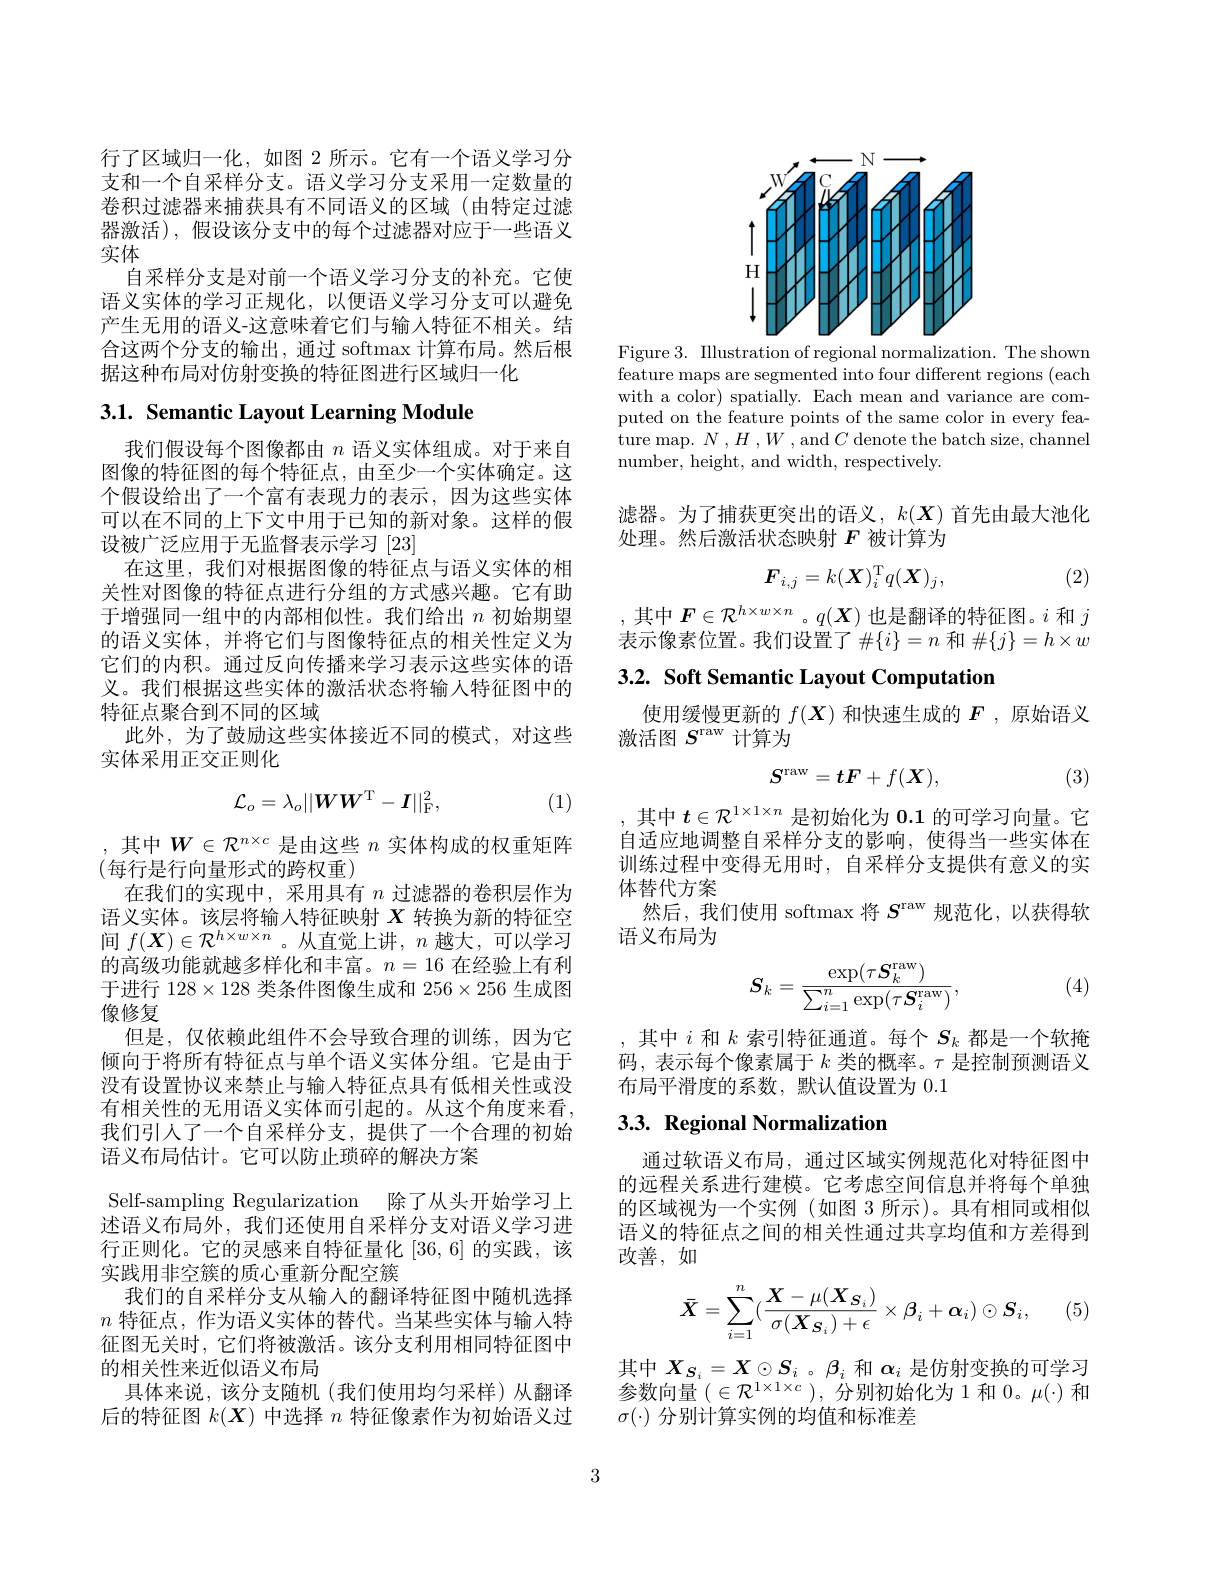
行了区域归一化，如图 2 所示。它有一个语义学习分支和一个自采样分支。语义学习分支采用一定数量的卷积过滤器来捕获具有不同语义的区域 (由特定过滤器激活),假设该分支中的每个过滤器对应于一些语义实体
自采样分支是对前一个语义学习分支的补充。它使语义实体的学习正规化，以便语义学习分支可以避免产生无用的语义-这意味着它们与输入特征不相关。结合这两个分支的输出，通过 softmax 计算布局。然后根据这种布局对仿射变换的特征图进行区域归一化

3.1. Semantic Layout Learning Module

我们假设每个图像都由$n$语义实体组成。对于来自图像的特征图的每个特征点，由至少一个实体确定。这个假设给出了一个富有表现力的表示，因为这些实体可以在不同的上下文中用于已知的新对象。这样的假设被广泛应用于无监督表示学习[23]
在这里，我们对根据图像的特征点与语义实体的相关性对图像的特征点进行分组的方式感兴趣。它有助于增强同一组中的内部相似性。我们给出$n$初始期望的语义实体，并将它们与图像特征点的相关性定义为它们的内积。通过反向传播来学习表示这些实体的语义。我们根据这些实体的激活状态将输入特征图中的特征点聚合到不同的区域
此外，为了鼓励这些实体接近不同的模式，对这些
实体采用正交正则化
$$\mathcal{L}_o=\lambda_o||\boldsymbol{W}\boldsymbol{W}^\mathrm{T}-\boldsymbol{I}||_\mathrm{F}^2,$$
(1)

,其中$W\in\mathcal{R}^n\times c$是由这些$n$实体构成的权重矩阵
(每行是行向量形式的跨权重)
在我们的实现中，采用具有$n$过滤器的卷积层作为语义实体。该层将输人特征映射$X$转换为新的特征空间$f(\boldsymbol{X})\in\mathcal{R}^{h\times w\times n}$。从直觉上讲，$n$越大，可以学习的高级功能就越多样化和丰富。$n=16$在经验上有利于进行$128\times128$类条件图像生成和 256$\times256$生成图像修复
但是，仅依赖此组件不会导致合理的训练，因为它倾向于将所有特征点与单个语义实体分组。它是由于没有设置协议来禁止与输入特征点具有低相关性或没有相关性的无用语义实体而引起的。从这个角度来看， 我们引人了一个自采样分支，提供了一个合理的初始语义布局估计。它可以防止琐碎的解决方案
Self-sampling Regularization 除了从头开始学习上述语义布局外，我们还使用自采样分支对语义学习进行正则化。它的灵感来自特征量化[36,6]的实践，该实践用非空簇的质心重新分配空簇
我们的自采样分支从输入的翻译特征图中随机选择$n$特征点，作为语义实体的替代。当某些实体与输入特征图无关时，它们将被激活。该分支利用相同特征图中的相关性来近似语义布局
具体来说，该分支随机(我们使用均匀采样)从翻译后的特征图$k(\boldsymbol{X})$中选择$n$特征像素作为初始语义过

<FigureHere>

Figure 3. Illustration of regional normalization. The shown feature maps are segmented into four different regions (each with a color) spatially. Each mean and variance are computed on the feature points of the same color in every feature map. $N$ $, H$ $, W$ , and $C$ denote the batch size, channel ${\mathrm{number,~height,~and~width,~respectively.}}$

滤器。为了捕获更突出的语义，$k(\boldsymbol{X})$首先由最大池化
处理。然后激活状态映射$F$被计算为
$$\boldsymbol{F}_{i,j}=k(\boldsymbol{X})_i^\mathrm{T}q(\boldsymbol{X})_j,$$
(2)

,其中$F\in\mathcal{R}^h\times w\times n$ 。$q(\boldsymbol{X})$也是翻译的特征图。$i$和$j$ 表示像素位置。我们设置了$\#\{i\}=n$ 和 $\#\{j\}=h\times w$

3.2. Soft Semantic Layout Computation

使用缓慢更新的$f(\boldsymbol{X})$和快速生成的$F$ ,原始语义
激活图$S^\mathrm{raw}$计算为
$$S^\mathrm{raw}=tF+f(\boldsymbol{X}),$$
(3)

其中$t\in\mathcal{R}^{1\times1\times n}$是初始化为0.1的可学习向量。它自适应地调整自采样分支的影响，使得当一些实体在训练过程中变得无用时，自采样分支提供有意义的实体替代方案
然后，我们使用 softmax 将$S^\mathrm{raw}$规范化，以获得软
语义布局为
$$S_k=\frac{\exp(\tau\boldsymbol{S}_k^\mathrm{raw})}{\sum_{i=1}^n\exp(\tau\boldsymbol{S}_i^\mathrm{raw})},$$
(4)

,其中$i$和$k$索引特征通道。每个$S_k$都是一个软掩码，表示每个像素属于$k$类的概率。$\tau$是控制预测语义布局平滑度的系数，默认值设置为 0.1

## 3.3. Regional Normalization

通过软语义布局，通过区域实例规范化对特征图中的远程关系进行建模。它考虑空间信息并将每个单独的区域视为一个实例(如图 3 所示)。具有相同或相似语义的特征点之间的相关性通过共享均值和方差得到改善，如
$$\bar{\boldsymbol{X}}=\sum_{i=1}^n(\frac{\boldsymbol{X}-\mu(\boldsymbol{X}_{\boldsymbol{S}_i})}{\sigma(\boldsymbol{X}_{\boldsymbol{S}_i})+\epsilon}\times\boldsymbol{\beta}_i+\boldsymbol{\alpha}_i)\odot\boldsymbol{S}_i,$$
(5)

其中$X_{S_i}=X\odot S_i$ 。$\beta_i$和$\alpha_i$是仿射变换的可学习参数向量$(\in\mathcal{R}^{1\times1\times c})$,分别初始化为1和$0。\mu(\cdot)$ 和$\sigma(\cdot)$分别计算实例的均值和标准差

3